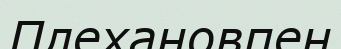
Плехановпен